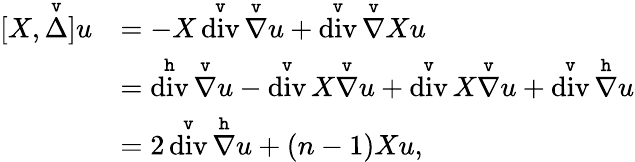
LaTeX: \begin{array}{rl}{[X,\overset{\mathtt{v}}{\Delta}]u}&{=-X\overset{\mathtt{v}}{\operatorname{div}}\overset{\mathtt{v}}{\nabla}u+\overset{\mathtt{v}}{\operatorname{div}}\overset{\mathtt{v}}{\nabla}Xu}\\ &{=\overset{\mathtt{h}}{\operatorname{div}}\overset{\mathtt{v}}{\nabla}u-\overset{\mathtt{v}}{\operatorname{div}}X\overset{\mathtt{v}}{\nabla}u+\overset{\mathtt{v}}{\operatorname{div}}X\overset{\mathtt{v}}{\nabla}u+\overset{\mathtt{v}}{\operatorname{div}}\overset{\mathtt{h}}{\nabla}u}\\ &{=2\overset{\mathtt{v}}{\operatorname{div}}\overset{\mathtt{h}}{\nabla}u+(n-1)Xu,}\end{array}